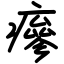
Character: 瘮